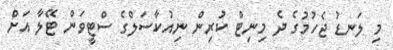
މި ލަނޑު ޖެހުމުގެ ދެ މިނިޓް ކުރިން ނިއުކާސަލްގެ ސްޓީވަން ޓޭލާ އަށް